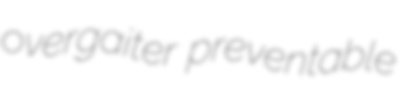
overgaiter preventable